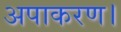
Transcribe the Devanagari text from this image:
अपाकरण।